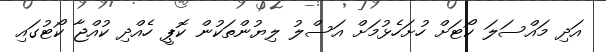
އަދި މައްސަލަ ކޯޓަށް ހުށަހެޅުމަށް އަސްލު ލިޔުންތަކުން ކޮޕީ ހެއްދި ކުއްޖާ ކޯޓުގައި